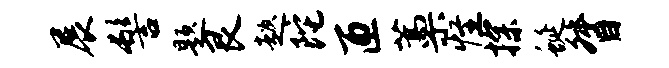
展髻题艮趑陀匝藁怪探蜒督